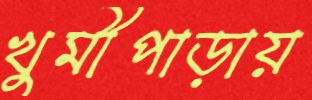
খুমীপাড়ায়